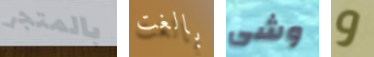
بالمتجر بالغت وشى و